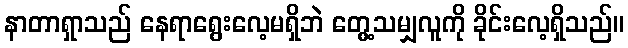
နာတာရှာသည် နေရာရွေးလေ့မရှိဘဲ တွေ့သမျှလူကို ခိုင်းလေ့ရှိသည်။